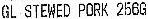
GL STEWED PORK 256G